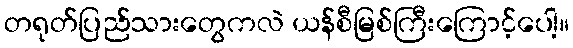
တရုတ်ပြည်သားတွေကလဲ ယန်စီမြစ်ကြီးကြောင့်ပေါ့။